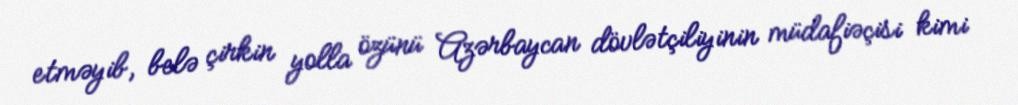
etməyib, belə çirkin yolla özünü Azərbaycan dövlətçiliyinin müdafiəçisi kimi